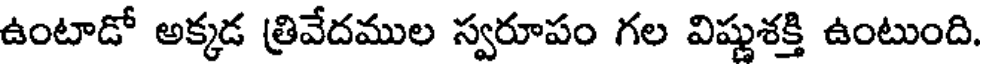
ఉంటాడో అక్కడ త్రివేదముల స్వరూపం గల విష్ణుశక్తి ఉంటుంది.